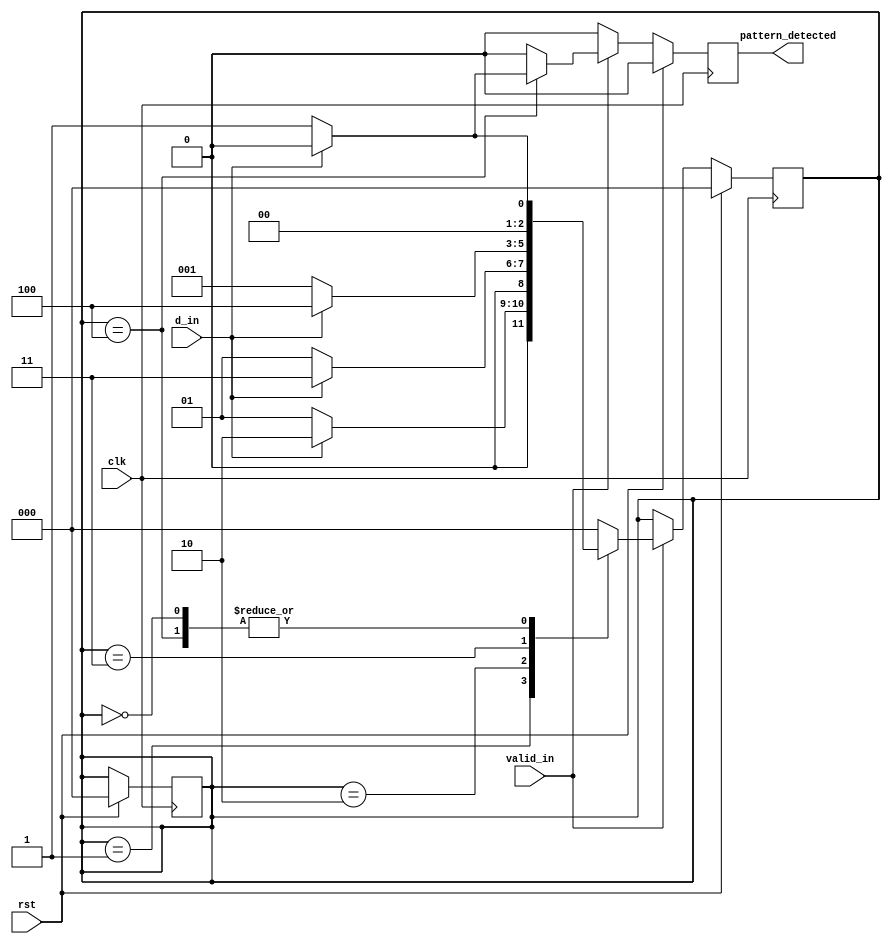
//to detect the patter of Bike Car Car Car Bike (BCCCB - 01110)
//mealy design

module pattern_det(clk,
                   rst,
                   d_in,
                   valid_in,
                   pattern_detected);
    
    parameter S_RST      = 3'b000;
    parameter S_B        = 3'b001;
    parameter S_BC       = 3'b010;
    parameter S_BCC      = 3'b011;
    parameter S_BCCC     = 3'b100;
    // parameter S_BCCCB = 3'b101;
    parameter B          = 1'b0;
    parameter C          = 1'b1;
    
    input clk, rst, d_in, valid_in;
    output reg pattern_detected;
    
    reg [2:0] state, next_state;
    
    always @(posedge clk) begin
        if (rst == 1) begin
            pattern_detected = 1'b0;
            state            = S_RST;
            next_state       = S_RST;
        end
        else begin
            pattern_detected = 1'b0;
            if (valid_in == 1) begin
                case(state)
                    S_RST: begin
                        if (d_in == B) next_state         = S_B;
                        else  next_state = S_RST;
                    end
                    
                    S_B: begin
                        if (d_in == B) next_state         = S_B;
                        else  next_state = S_BC;
                    end
                    
                    S_BC: begin
                        if (d_in == B) next_state         = S_B;
                        else  next_state = S_BCC;
                    end
                    
                    S_BCC: begin
                        if (d_in == B) next_state         = S_B;
                        else  next_state = S_BCCC;
                    end
                    
                    S_BCCC: begin
                        if (d_in == B) begin next_state         = S_B;
                        pattern_detected = 1'b1;
                    end
                    else begin  next_state = S_RST;
                end
            end
            
            default: begin
                $display("Error");
                next_state = S_RST;
            end
                endcase
            end
        end
    end
    
    always @(next_state) begin
        state = next_state;
    end
endmodule